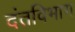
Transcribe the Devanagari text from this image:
दंतविभाग